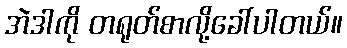
အဲဒါကို တရုတ်စာလို့ခေါ်ပါတယ်။